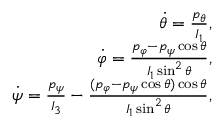
\begin{array} { r } { \dot { \theta } = \frac { p _ { \theta } } { I _ { 1 } } , } \\ { \dot { \varphi } = \frac { p _ { \varphi } - p _ { \psi } \cos \theta } { I _ { 1 } \sin ^ { 2 } \theta } , } \\ { \dot { \psi } = \frac { p _ { \psi } } { I _ { 3 } } - \frac { ( p _ { \varphi } - p _ { \psi } \cos \theta ) \cos \theta } { I _ { 1 } \sin ^ { 2 } \theta } , } \end{array}